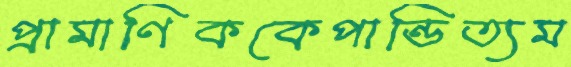
প্রামাণিককেপান্ডিত্যম